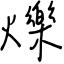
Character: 爍